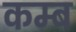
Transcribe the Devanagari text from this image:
कम्ब